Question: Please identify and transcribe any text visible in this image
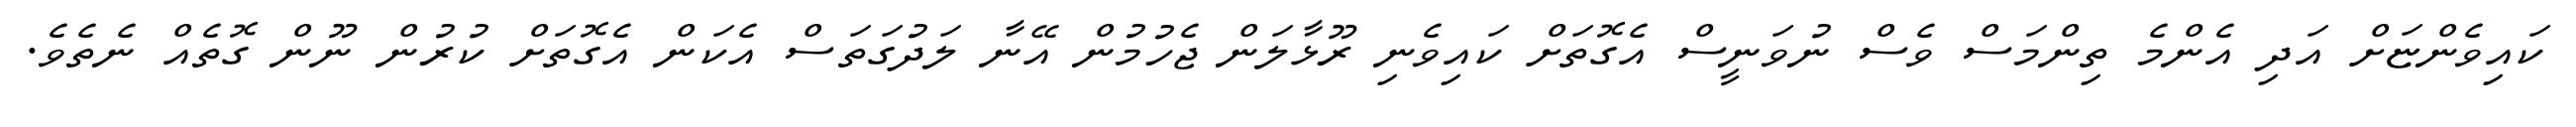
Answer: ކައިވެންޏަށް އަދި އެންމެ ތިންމަސް ވެސް ނުވަނީސް އެގޮތަށް ކައިވެނި ރޫޅާލަން ޖެހުމުން އޭނާ ލަދުގަތަސް އެކަން އެގޮތަށް ކުރުން ނޫން ގޮތެއް ނެތެވެ.